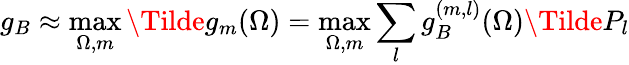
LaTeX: g_{B}\approx\operatorname*{max}_{\Omega,m}\Tilde{g}_{m}(\Omega)=\operatorname*{max}_{\Omega,m}\sum_{l}g_{B}^{(m,l)}(\Omega)\Tilde{P}_{l}